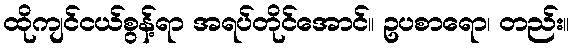
ထိုကျင်ငယ်စွန့်ရာ အရပ်တိုင်အောင်။ ဥပစာရော၊ တည်း။